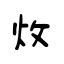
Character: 炇